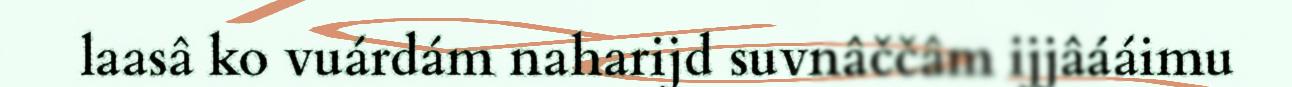
laasâ ko vuárdám naharijd suvnâččâm ijjâááimu